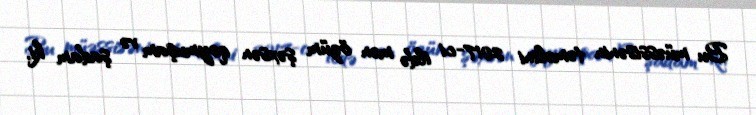
Bu müəssisənin təməlini 2017-ci ildə mən özüm şəxsən qoymuşam və şadam ki,